Code of medical and sanitary regulations for the guidance of medical officers serving in the Madras Presidency - Volume I
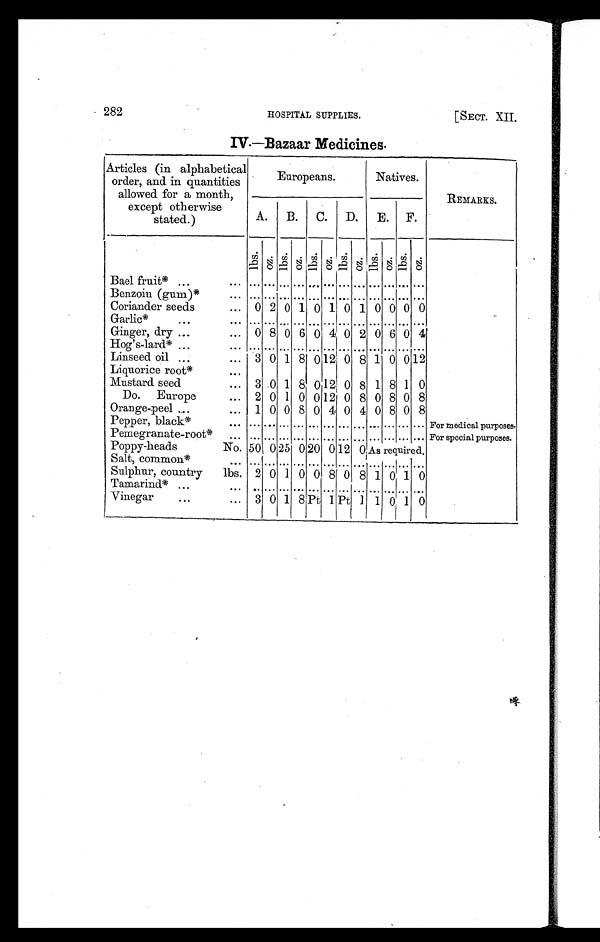
282 HOSPITAL SUPPLIES. [SECT. XII.
IV.—Bazaar Medicines.
Articles (in alphabetical
order, and in quantities
allowed for a month,
except otherwise
stated.)
Europeans.
Natives.
REMARKS.
A. B. C. D. E. F.
l b s . o z . l b s . o z . l b s . o z . l b s . o z . l b s . o z . l b s . o z .
Bael fruit* ... ... ... ... ... ... ... ... ... ... ... ... ... ...
Benzoin (gum)*
... ... ... ... ... ... ... ... ... ... ... ... ...
Coriander seeds
... 0 2 0 1 0 1 0 1 0 0 0 0
Garlic*
. . .
. . . . . . . . . . . . . . . . . . . . . . . . . . . . . . . . . . . . . . .
Ginger, dry . . .
... 0 8 0 6 0 4 0 2 0 6 0 4
Hog's-lard* ... ... ... ... ... ... ... ... ... ... ... ... ... ...
Linseed oil ...
... 3 0 1 8 0 12 0 8 1 0 0 12
Liquorice root*
. . .
Mustard seed
... 3 0 1 8 0 12 0 8 1 8 1 0
Do. Europe
... 2 0 1 0 0 12 0 8 0 8 0 8
Orange-peel ...
... 1 0 0 8 0 4 0 4 0 8 0 8
Pepper, black*
... ... ... ... ... ... ... ... ... ... ... ... ... For medical purposes.
Pemegranate-root* ... ... ... ... . . . . . . ... . . . ... ... ... ... ... For special purposes.
Poppy-heads
No. 50 0 25 0 20 0 12 0 As required.
Salt, common*
. . . ... . . . . . . . . . . . . ... ... ... . . . . . . . . . . . .
Sulphur, country
lbs. 2 0 1 0 0 8 0 8 1 0 1 0
Tamarind* ...
. . . . . . . . . . . . . . . . . . . . . . . . . . . . . . . . . . . . . . .
Vinegar
. . .
... 3 0 1 8 Pt 1 Pt 1 1 0 1 0